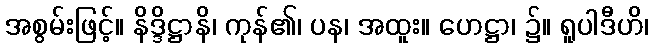
အစွမ်းဖြင့်။ နိဒ္ဒိဋ္ဌာနိ၊ ကုန်၏၊ ပန၊ အထူး။ ဟေဋ္ဌာ၊ ၌။ ရူပါဒီဟိ၊